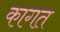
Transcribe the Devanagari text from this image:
कागत